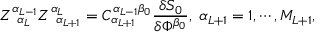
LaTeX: Z _ { \; \; \alpha _ { L } } ^ { \alpha _ { L - 1 } } Z _ { \; \; \alpha _ { L + 1 } } ^ { \alpha _ { L } } = C _ { \alpha _ { L + 1 } } ^ { \alpha _ { L - 1 } \beta _ { 0 } } \frac { \delta S _ { 0 } } { \delta \Phi ^ { \beta _ { 0 } } } , \; \alpha _ { L + 1 } = 1 , \cdots , M _ { L + 1 } ,